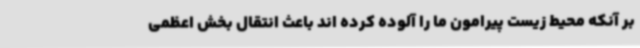
بر آنکه محیط زیست پیرامون ما را آلوده کرده اند باعث انتقال بخش اعظمی